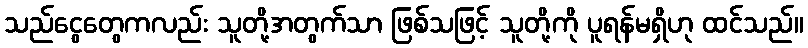
သည်ငွေတွေကလည်း သူတို့အတွက်သာ ဖြစ်သဖြင့် သူတို့ကို ပူရန်မရှိဟု ထင်သည်။